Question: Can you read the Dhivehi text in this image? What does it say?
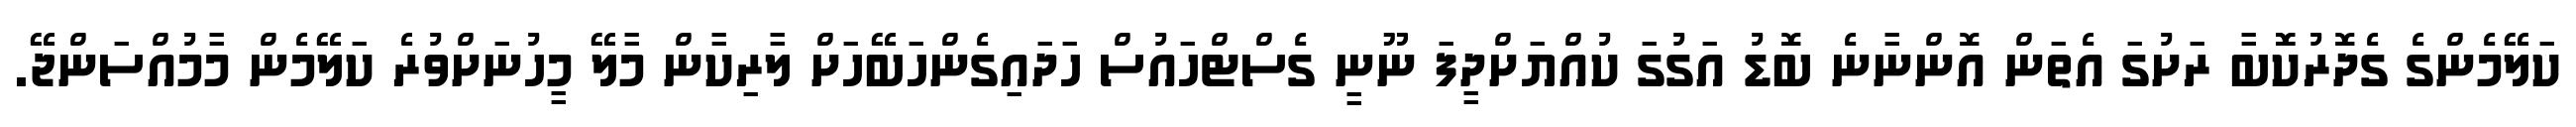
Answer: ކަލޭމެންގެ ގެދޮރުކޮޮބާ ރަށުގަ އެތަން އޮންނާނެ ބޮޑު އަގުގަ ކުއްޔަށްދީފަ ނޫނީ ގެސްޓްހައުސް ހަދައިގެންހަބޭހަށް ލާރިކާން މާލޭ މީހުނަށްވުރެ ކަލޭމެން މާމުއްސަންޖޭ.